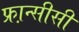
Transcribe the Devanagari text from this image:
फ्रा़न्सीसी